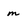
Character: m